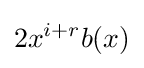
2x^{i+r}b(x)